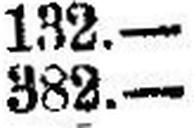
382.—